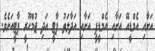
އަށާއި އެމްޑީއޭ އަށާއި އެމްޑީޕީ އަށާއި އަދާލަތު ޕާޓީ އަދި ޖުމްހޫރީ ޕާޓީއަށެވެ.